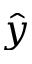
\hat { y }